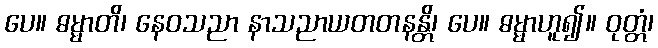
ပေ။ ဓမ္မာတိ၊ နေဝသညာ နာသညာယတတနန္တိ၊ ပေ။ ဓမ္မာဟူ၍။ ဝုတ္တံ၊